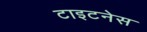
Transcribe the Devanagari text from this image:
टाइटनेस